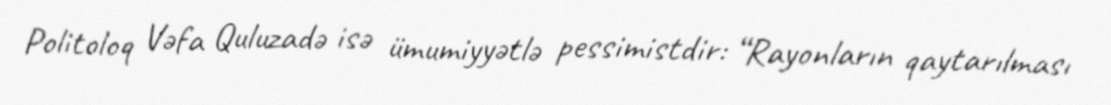
Politoloq Vəfa Quluzadə isə ümumiyyətlə pessimistdir: “Rayonların qaytarılması